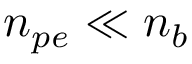
{ n _ { p e } \ll n _ { b } }